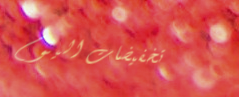
تخفيضات اليوم